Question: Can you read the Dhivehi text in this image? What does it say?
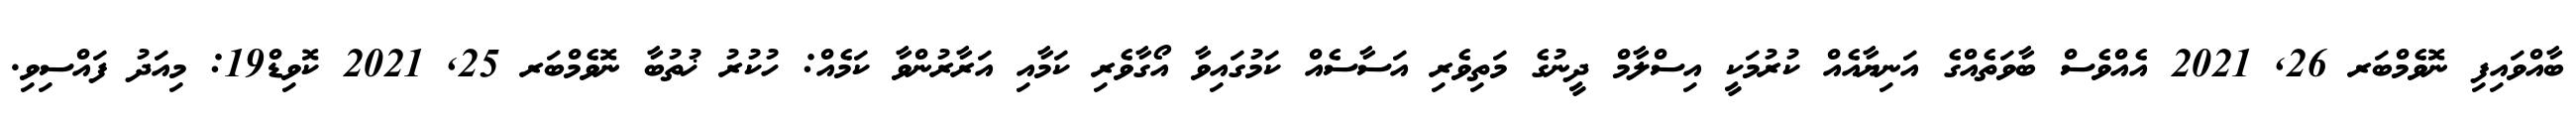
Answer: ބާއްވައިފި ނޮވެމްބަރ 26, 2021 އެއްވެސް ބާވަތެއްގެ އަނިޔާއެއް ކުރުމަކީ އިސްލާމް ދީނުގެ މަތިވެރި އަސާސެއް ކަމުގައިވާ އޯގާވެރި ކަމާއި އަރާރުންވާ ކަމެއް: ހުކުރު ޚުތުބާ ނޮވެމްބަރ 25, 2021 ކޮވިޑް19: މިއަދު ފައްސިވި.